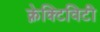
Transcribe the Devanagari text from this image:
क्नेक्टिविटी